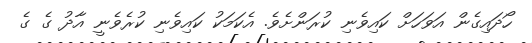
ހޯދައިގެން އަވަހަށް ކައިވެނި ކުރަންށެވެ. އެކަމަކު ކައިވެނި ކުރެވެނީ އާދު ގެ ގެ